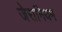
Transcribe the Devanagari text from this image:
जेरानियम